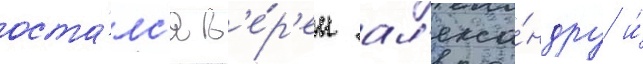
оста́лс'я в'е́р'ен ал'екса́ндру и́